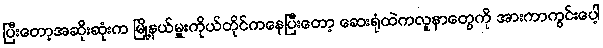
ပြီးတော့အဆိုးဆုံးက မြို့နယ်မှူးကိုယ်တိုင်ကနေပြီးတော့ ဆေးရုံထဲကလူနာတွေကို အားကာကွင်းပေါ့